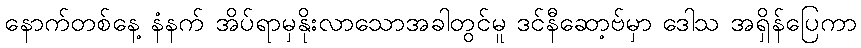
နောက်တစ်နေ့ နံနက် အိပ်ရာမှနိုးလာသောအခါတွင်မူ ဒင်နီဆော့ဗ်မှာ ဒေါသ အရှိန်ပြေကာ